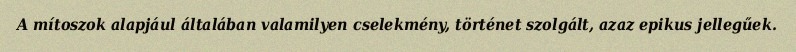
A mítoszok alapjául általában valamilyen cselekmény, történet szolgált, azaz epikus jellegűek.